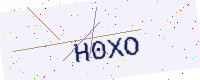
Text: H0XO